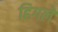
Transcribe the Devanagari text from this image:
हिगले